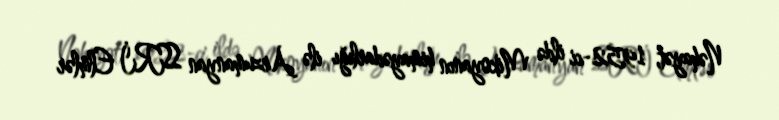
Nəhayət, 1952-ci ildə Mikoyanın himayədarlığı ilə Arzumanyan SSRİ Elmlər